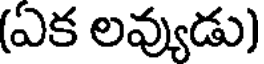
(ఏక లవ్యుడు)